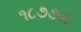
૧૮૭૭મા